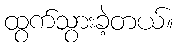
ထွက်သွားခဲ့တယ်။